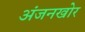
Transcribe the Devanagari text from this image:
अंजनखोर